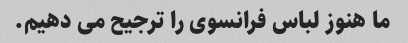
ما هنوز لباس فرانسوی را ترجیح می دهیم.